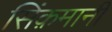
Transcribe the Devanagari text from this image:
सिंक़मानी